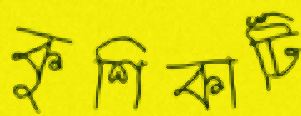
কুশিকাটি